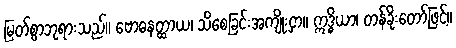
မြတ်စွာဘုရားသည်။ ဗောဓနတ္ထာယ၊ သိစေခြင်းအကျိုးငှာ။ ဣဒ္ဓိယာ၊ တန်ခိုးတော်ဖြင့်။